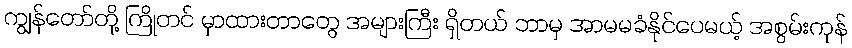
ကျွန်တော်တို့ ကြိုတင် မှာထားတာတွေ အများကြီး ရှိတယ် ဘာမှ အာမမခံနိုင်ပေမယ့် အစွမ်းကုန်